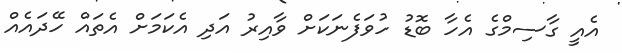
އެއީ ގާސިމްގެ އެހާ ބޮޑު ހުވަފެނަކަށް ވާއިރު އަދި އެކަމަށް އެތައް ހޭދައެއް